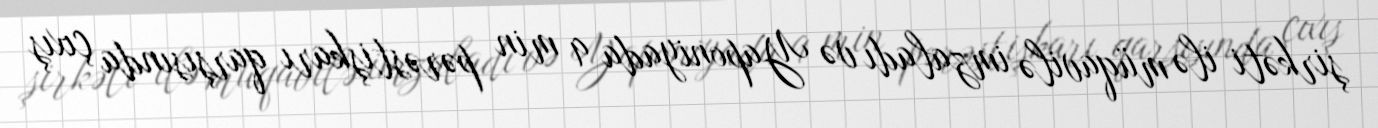
şirkəti ilə müqavilə imzaladı və Yaponiyada 9 min pərəstişkarı qarşısında çıxış